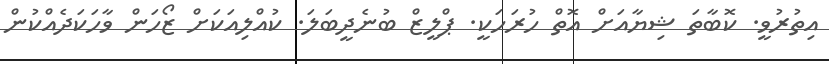
އިތުރުވީ. ކޮބާތަ ޝިޔާއަށް އޮތް ހުރަހަކީ. ޕްލީޒް ބުނެދީބަލަ. ކުއްލިއަކަށް ޒޯހަން ވާހަކަދެއްކުން